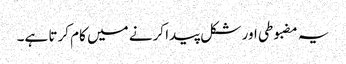
یہ مضبوطی اور شکل پیدا کرنے میں کام کرتا ہے۔